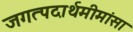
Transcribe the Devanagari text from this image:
जगत्पदार्थमीमांसा